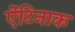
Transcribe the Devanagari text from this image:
ऐंटिनाक